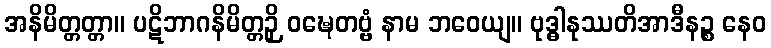
အနိမိတ္တတ္တာ။ ပဋိဘာဂနိမိတ္တဉှိ ဝဍ္ဎေတဗ္ဗံ နာမ ဘဝေယျ။ ဗုဒ္ဓါနုဿတိအာဒီနဉ္စ နေဝ